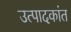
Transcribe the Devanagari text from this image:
उत्पादकांत